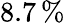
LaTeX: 8.7\, \%